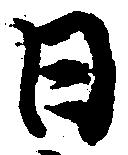
日